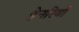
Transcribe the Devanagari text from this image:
हेनरियों